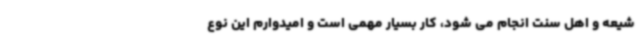
شیعه و اهل سنت انجام می شود، کار بسیار مهمی است و امیدوارم این نوع